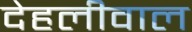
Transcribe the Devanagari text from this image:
देहलीवाल